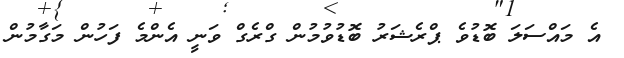
އެ މައްސަލަ ބޮޑުވެ ޕްރެޝަރު ބޮޑުވުމުން ގްރެގް ވަނީ އެންމެ ފަހުން މަގާމުން